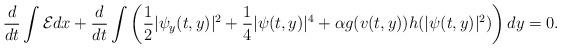
LaTeX: \begin{align*} &\frac{d}{dt}\int \mathcal{E}dx+\frac{d}{dt}\int \left( \frac{1}{2} |\psi_y(t,y)|^2 + \frac{1}{4}|\psi(t,y)|^4 + \alpha g(v(t,y)) h(|\psi(t,y)|^2) \right)dy=0.\end{align*}